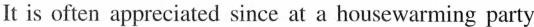
It is often appreciated since at a housewarming party